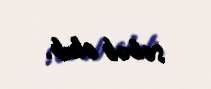
səbəb olub.